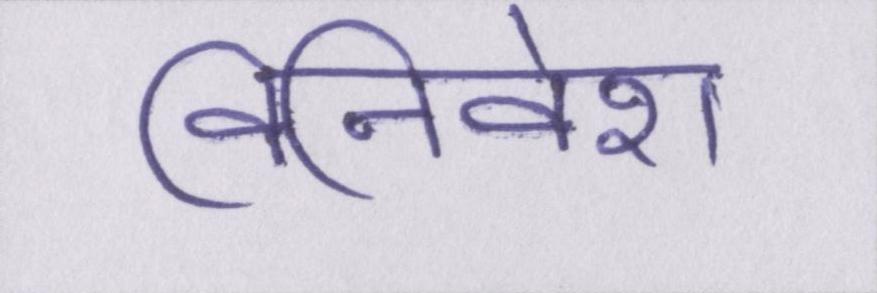
विनिवेश